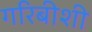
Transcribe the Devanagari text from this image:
गरिबीशी